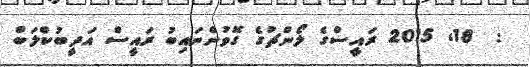
:  18